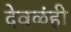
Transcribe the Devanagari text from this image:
देवळंही